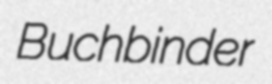
Buchbinder